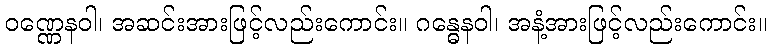
ဝဏ္ဏေနဝါ၊ အဆင်းအားဖြင့်လည်းကောင်း။ ဂန္ဓေနဝါ၊ အနံ့အားဖြင့်လည်းကောင်း။